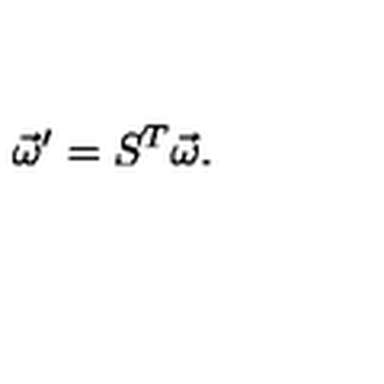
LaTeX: \vec { \omega } ^ { \prime } = S ^ { T } \vec { \omega } .